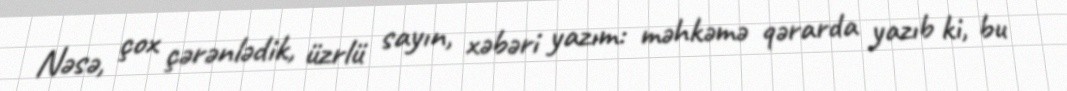
Nəsə, çox çərənlədik, üzrlü sayın, xəbəri yazım: məhkəmə qərarda yazıb ki, bu